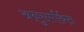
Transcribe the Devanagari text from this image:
अनुसमर्थित